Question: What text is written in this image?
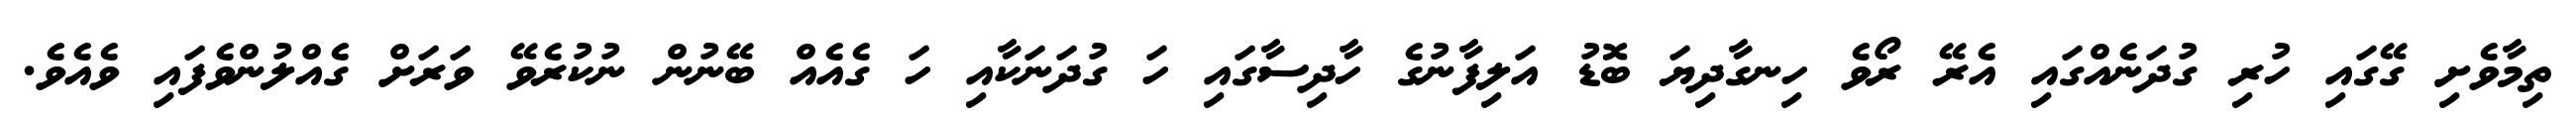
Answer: ތިމާވެށި ގޭގައި ހުރި ގުދަނެއްގައި އެރޭ ރޯވެ ހިނގާދިޔަ ބޮޑު އަލިފާނުގެ ހާދިސާގައި ހަ ގުދަނަކާއި ހަ ގެއެއް ބޭނުން ނުކުރެވޭ ވަރަށް ގެއްލުންވެފައި ވެއެވެ.